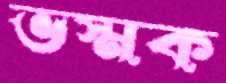
ভস্মক